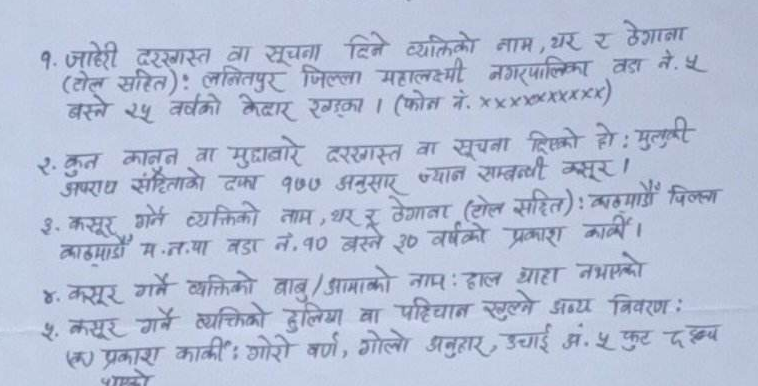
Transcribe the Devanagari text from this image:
१. जाहेरी दरखास्त वा सूचना दिने व्यक्तिको नाम, थर र ठेगाना
(टोल सहित) : ललितपुर जिल्ला महालक्ष्मी नगरपालिका वडा नं. ५
बस्ने २५ वर्षको केदार खड्का । (फोन नं. xxxxxxxxxx)

२. कुन कानन वा मुद्धाबारे दरखास्त वा सूचना दिएको हो : मुलुकी
अपराध संहिताको दफा १७७ अनुसार ज्यान सम्बन्धी कसूर ।
३. कसूर गर्ने व्यक्तिको नाम, थर र ठेगाना (टोल सहित) : काठमाडौं जिल्ला
काठमाडौं म.न.पा वडा नं. १० बस्ने ३० वर्षको प्रकाश कार्की ।
४. कसूर गर्ने व्यक्तिको बाबु/आमाको नाम : हाल थाहा नभएको
५. कसूर गर्ने व्यक्तिको हुलिया वा पहिचान खुल्ने अन्य विवरण :
(क) प्रकाश कार्की : गोरो वर्ण, गोलो अनुहार, उचाई अं. ५ फुट दक्ष्य
भएको